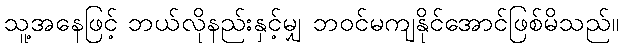
သူ့အနေဖြင့် ဘယ်လိုနည်းနှင့်မျှ ဘဝင်မကျနိုင်အောင်ဖြစ်မိသည်။